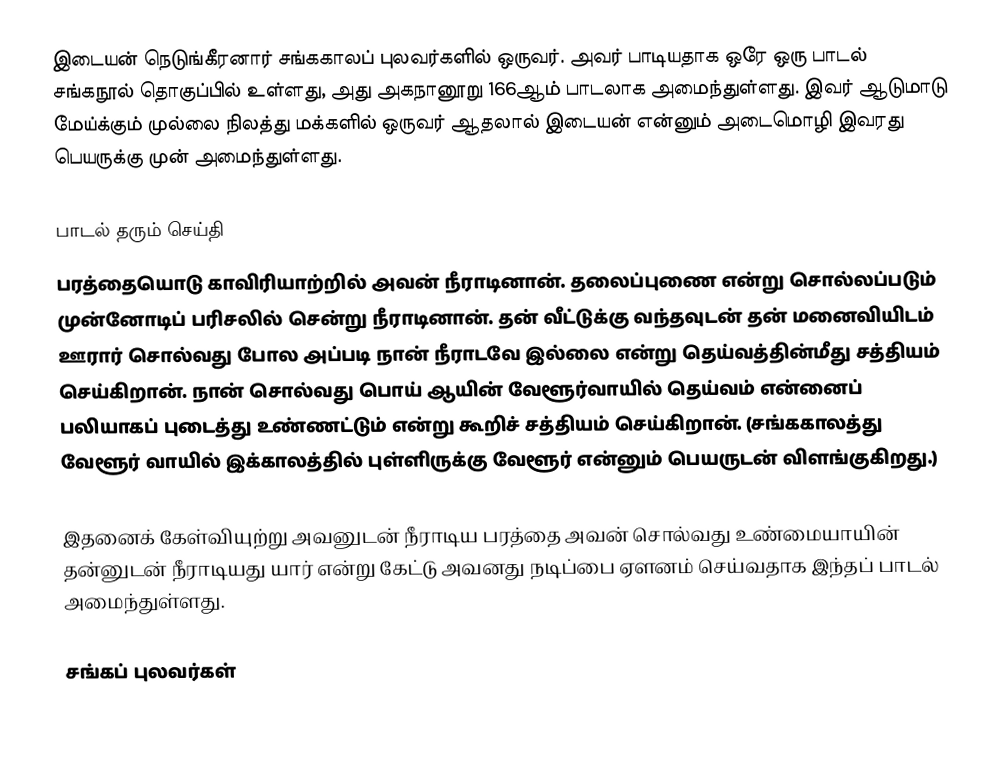
இடையன் நெடுங்கீரனார் சங்ககாலப் புலவர்களில் ஒருவர். அவர் பாடியதாக ஒரே ஒரு பாடல் சங்கநூல் தொகுப்பில் உள்ளது, அது அகநானூறு 166ஆம் பாடலாக அமைந்துள்ளது. இவர் ஆடுமாடு மேய்க்கும் முல்லை நிலத்து மக்களில் ஒருவர் ஆதலால் இடையன் என்னும் அடைமொழி இவரது பெயருக்கு முன் அமைந்துள்ளது.

பாடல் தரும் செய்தி
பரத்தையொடு காவிரியாற்றில் அவன் நீராடினான். தலைப்புணை என்று சொல்லப்படும் முன்னோடிப் பரிசலில் சென்று நீராடினான். தன் வீட்டுக்கு வந்தவுடன் தன் மனைவியிடம் ஊரார் சொல்வது போல அப்படி நான் நீராடவே இல்லை என்று தெய்வத்தின்மீது சத்தியம் செய்கிறான். நான் சொல்வது பொய் ஆயின் வேளூர்வாயில் தெய்வம் என்னைப் பலியாகப் புடைத்து உண்ணட்டும் என்று கூறிச் சத்தியம் செய்கிறான். (சங்ககாலத்து வேளூர் வாயில் இக்காலத்தில் புள்ளிருக்கு வேளூர் என்னும் பெயருடன் விளங்குகிறது.)

இதனைக் கேள்வியுற்று அவனுடன் நீராடிய பரத்தை அவன் சொல்வது உண்மையாயின் தன்னுடன் நீராடியது யார் என்று கேட்டு அவனது நடிப்பை ஏளனம் செய்வதாக இந்தப் பாடல் அமைந்துள்ளது.

சங்கப் புலவர்கள்